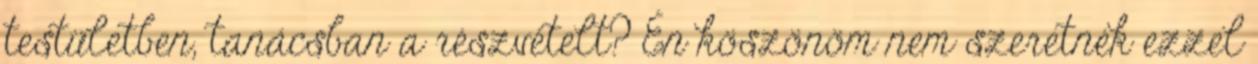
testületben, tanácsban a részvételt? Én köszönöm nem szeretnék ezzel